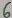
Text: 6